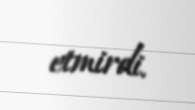
etmirdi.